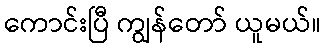
ကောင်းပြီ ကျွန်တော် ယူမယ်။